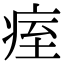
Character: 痓